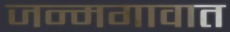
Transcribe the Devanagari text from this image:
जन्मगावात